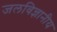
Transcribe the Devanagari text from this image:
जलविज्ञानीय